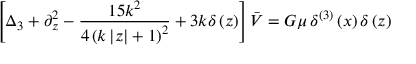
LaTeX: \left[ \Delta _ { 3 } + \partial _ { z } ^ { 2 } - \frac { 1 5 k ^ { 2 } } { 4 \left( k \left| z \right| + 1 \right) ^ { 2 } } + 3 k \delta \left( z \right) \right] \bar { V } = G \mu \, \delta ^ { ( 3 ) } \left( x \right) \delta \left( z \right)